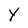
Character: Y